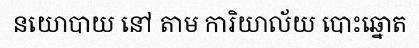
នយោបាយ នៅ តាម ការិយាល័យ បោះឆ្នោត